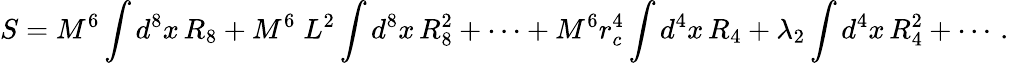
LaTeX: S=M^{6}\int d^{8}x\, R_{8}+M^{6}\; L^{2}\int d^{8}x\, R_{8}^{2}+\cdots+M^{6}r_{c}^{4}\int d^{4}x\, R_{4}+\lambda_{2}\int d^{4}x\, R_{4}^{2}+\cdots\, .